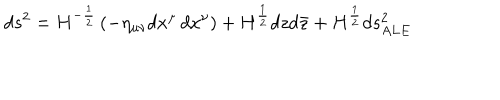
LaTeX: d s ^ { 2 } = H ^ { - \frac { 1 } { 2 } } \left( - \eta _ { \mu \nu } d x ^ { \mu } \, d x ^ { \nu } \right) + H ^ { \frac { 1 } { 2 } } d z d \bar { z } + H ^ { \frac { 1 } { 2 } } d s _ { A L E } ^ { 2 }